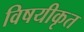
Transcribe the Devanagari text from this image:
विषयीकृत